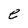
Character: e